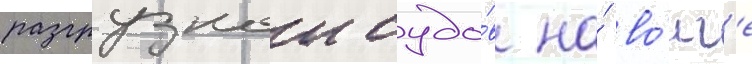
разгрузкои судо́в на́ во́лг'е